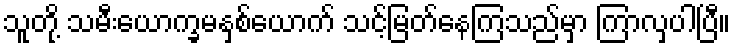
သူတို့ သမီးယောက္ခမနှစ်ယောက် သင့်မြတ်နေကြသည်မှာ ကြာလှပါပြီ။